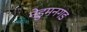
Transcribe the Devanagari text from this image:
नेडुमनगड